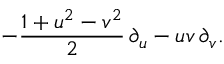
- { \frac { 1 + u ^ { 2 } - v ^ { 2 } } { 2 } } \, \partial _ { u } - u v \, \partial _ { v } .